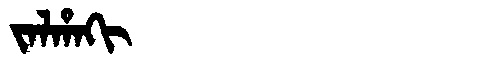
Manchu: ᠵᠠᠯᡥᠠᡴᡳ
Romanization: JALHAKI